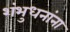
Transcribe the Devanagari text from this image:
शंभुधनांना